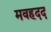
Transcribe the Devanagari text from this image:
मवहदद